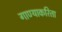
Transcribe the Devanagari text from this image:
गाण्याकरिता